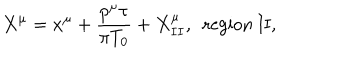
X ^ { \mu } = x ^ { \mu } + \frac { p ^ { \mu } \tau } { \pi { T _ { 0 } } } + X _ { I I } ^ { \mu } , ~ ~ \mathrm { r e g i o n ~ I I } ,